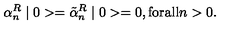
\alpha _ { n } ^ { R } \mid 0 > = \tilde { \alpha } _ { n } ^ { R } \mid 0 > = 0 , \mathrm { f o r a l l } n > 0 .